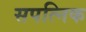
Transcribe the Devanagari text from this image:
सपत्निक